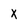
Character: X